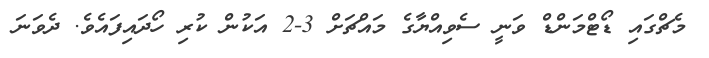
މެޗްގައި ޑޯޓްމަންޑް ވަނީ ސެވިއްޔާގެ މައްޗަށް 3-2 އަކުން ކުރި ހޯދައިފައެވެ. ދެވަނަ